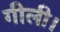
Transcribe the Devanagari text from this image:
गीली।